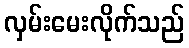
လှမ်းမေးလိုက်သည်